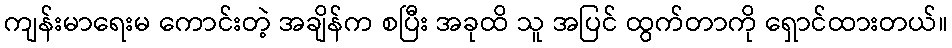
ကျန်းမာရေးမ ကောင်းတဲ့ အချိန်က စပြီး အခုထိ သူ အပြင် ထွက်တာကို ရှောင်ထားတယ်။